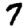
Digit: 7